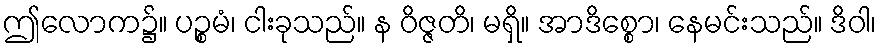
ဤလောက၌။ ပဉ္စမံ၊ ငါးခုသည်။ န ဝိဇ္ဇတိ၊ မရှိ။ အာဒိစ္စော၊ နေမင်းသည်။ ဒိဝါ၊